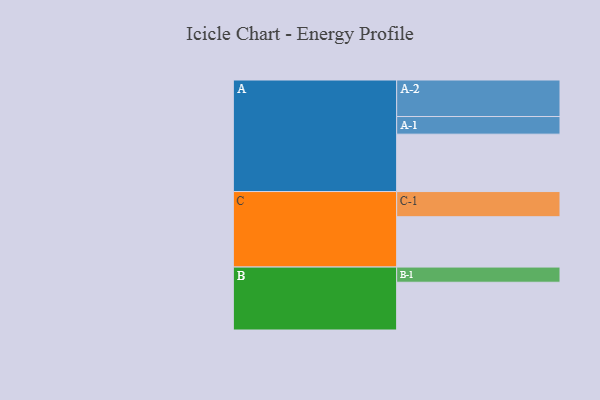
{"axis": {"x": "Segment", "y": "Value"}, "legend": ["", "A", "B", "C"], "data": [{"x": "A", "y": 465, "type": ""}, {"x": "B", "y": 387, "type": ""}, {"x": "C", "y": 408, "type": ""}, {"x": "A-1", "y": 143, "type": "A"}, {"x": "A-2", "y": 296, "type": "A"}, {"x": "B-1", "y": 123, "type": "B"}, {"x": "C-1", "y": 204, "type": "C"}]}